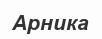
Арника